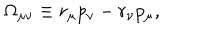
\Omega _ { \mu \nu } \equiv r _ { \mu } p _ { \nu } - r _ { \nu } p _ { \mu } ,